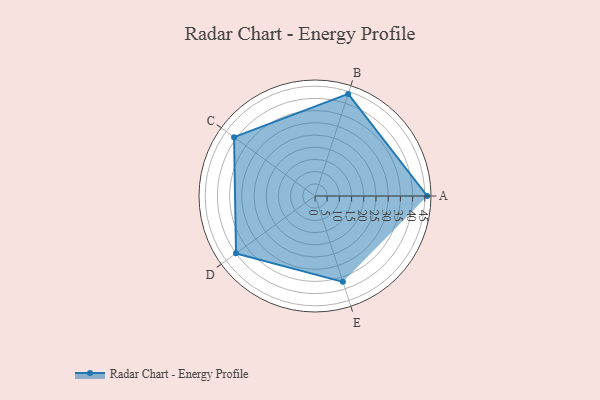
{"axis": {"x": "Skill", "y": "Score"}, "legend": ["Profile"], "data": [{"x": "A", "y": 46.0, "type": "Profile"}, {"x": "B", "y": 44.0, "type": "Profile"}, {"x": "C", "y": 41.0, "type": "Profile"}, {"x": "D", "y": 40.0, "type": "Profile"}, {"x": "E", "y": 37.0, "type": "Profile"}]}